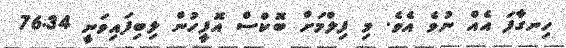
ހިނގާފަ އެއް ނުވެ އެވެ. މި ފިލްމަށް ބޮކްސް އޮފީހުން ލިބިފައިވަނީ 76.34